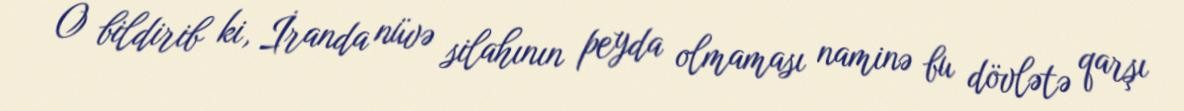
O bildirib ki, İranda nüvə silahının peyda olmaması naminə bu dövlətə qarşı